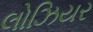
લોઝિયર